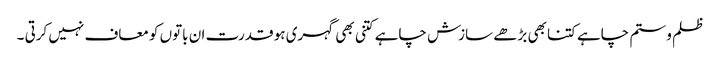
ظلم و ستم چاہے کتنا بھی بڑھے سازش چاہے کتنی بھی گہری ہو قدرت ان باتوں کو معاف نہیں کرتی ۔